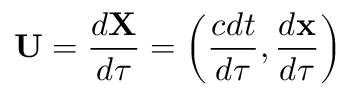
{ \boldsymbol { \mathbf { U } } } = { \frac { d { \boldsymbol { \mathbf { X } } } } { d \tau } } = \left( { \frac { c d t } { d \tau } } , { \frac { d \mathbf { x } } { d \tau } } \right)